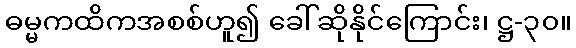
ဓမ္မကထိကအစစ်ဟူ၍ ခေါ်ဆိုနိုင်ကြောင်း၊ ဋ္ဌ-၃၀။